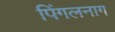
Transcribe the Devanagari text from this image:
पिंगलनाग